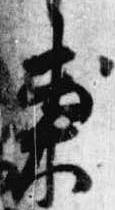
東